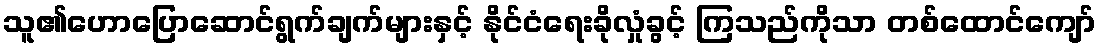
သူ၏ဟောပြောဆောင်ရွက်ချက်များနှင့် နိုင်ငံရေးခိုလှုံခွင့် ကြသည်ကိုသာ တစ်ထောင်ကျော်